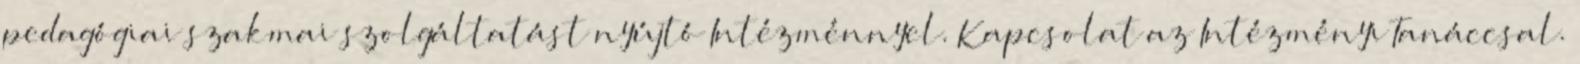
pedagógiai szakmai szolgáltatást nyújtó Intézménnyel. Kapcsolat az Intézményi Tanáccsal.